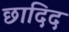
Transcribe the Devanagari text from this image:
छादिद